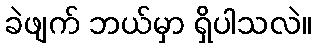
ခဲဖျက် ဘယ်မှာ ရှိပါသလဲ။